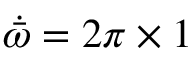
\dot { \bar { \omega } } = 2 \pi \times 1